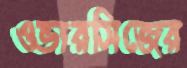
ওভারসিজের